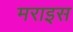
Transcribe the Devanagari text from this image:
मराइस